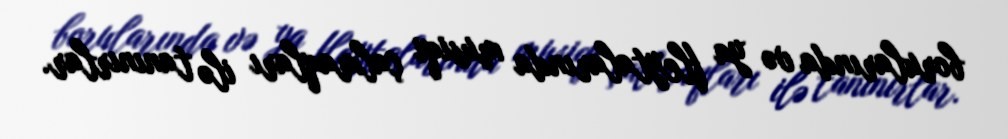
borularında və ya fleytalarında musiqi çalmaqları ilə tanınırlar.